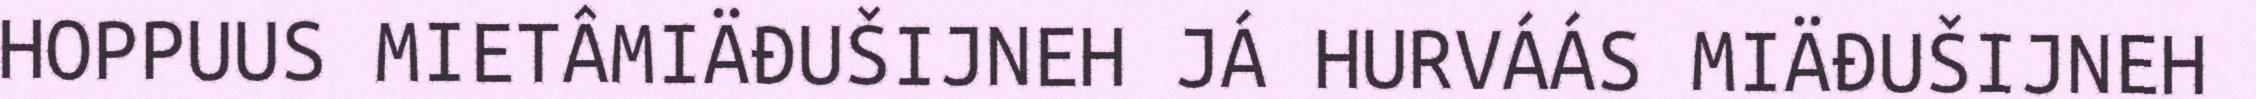
HOPPUUS MIETÂMIÄĐUŠIJNEH JÁ HURVÁÁS MIÄĐUŠIJNEH